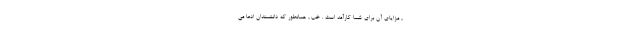
, مزایای آن برای شما کارآمد است . خب , همانطور که دانشمندان ادعا می